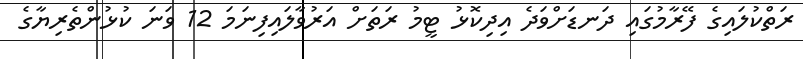
ރަތްކުލައިގެ ފޭރާމުގައި ދަނޑަށްވަދެ އިދިކޮޅު ޓީމު ރަތަށް އަރުވާލައިފިނަމަ 12 ވަނަ ކުޅުންތެރިޔާގެ